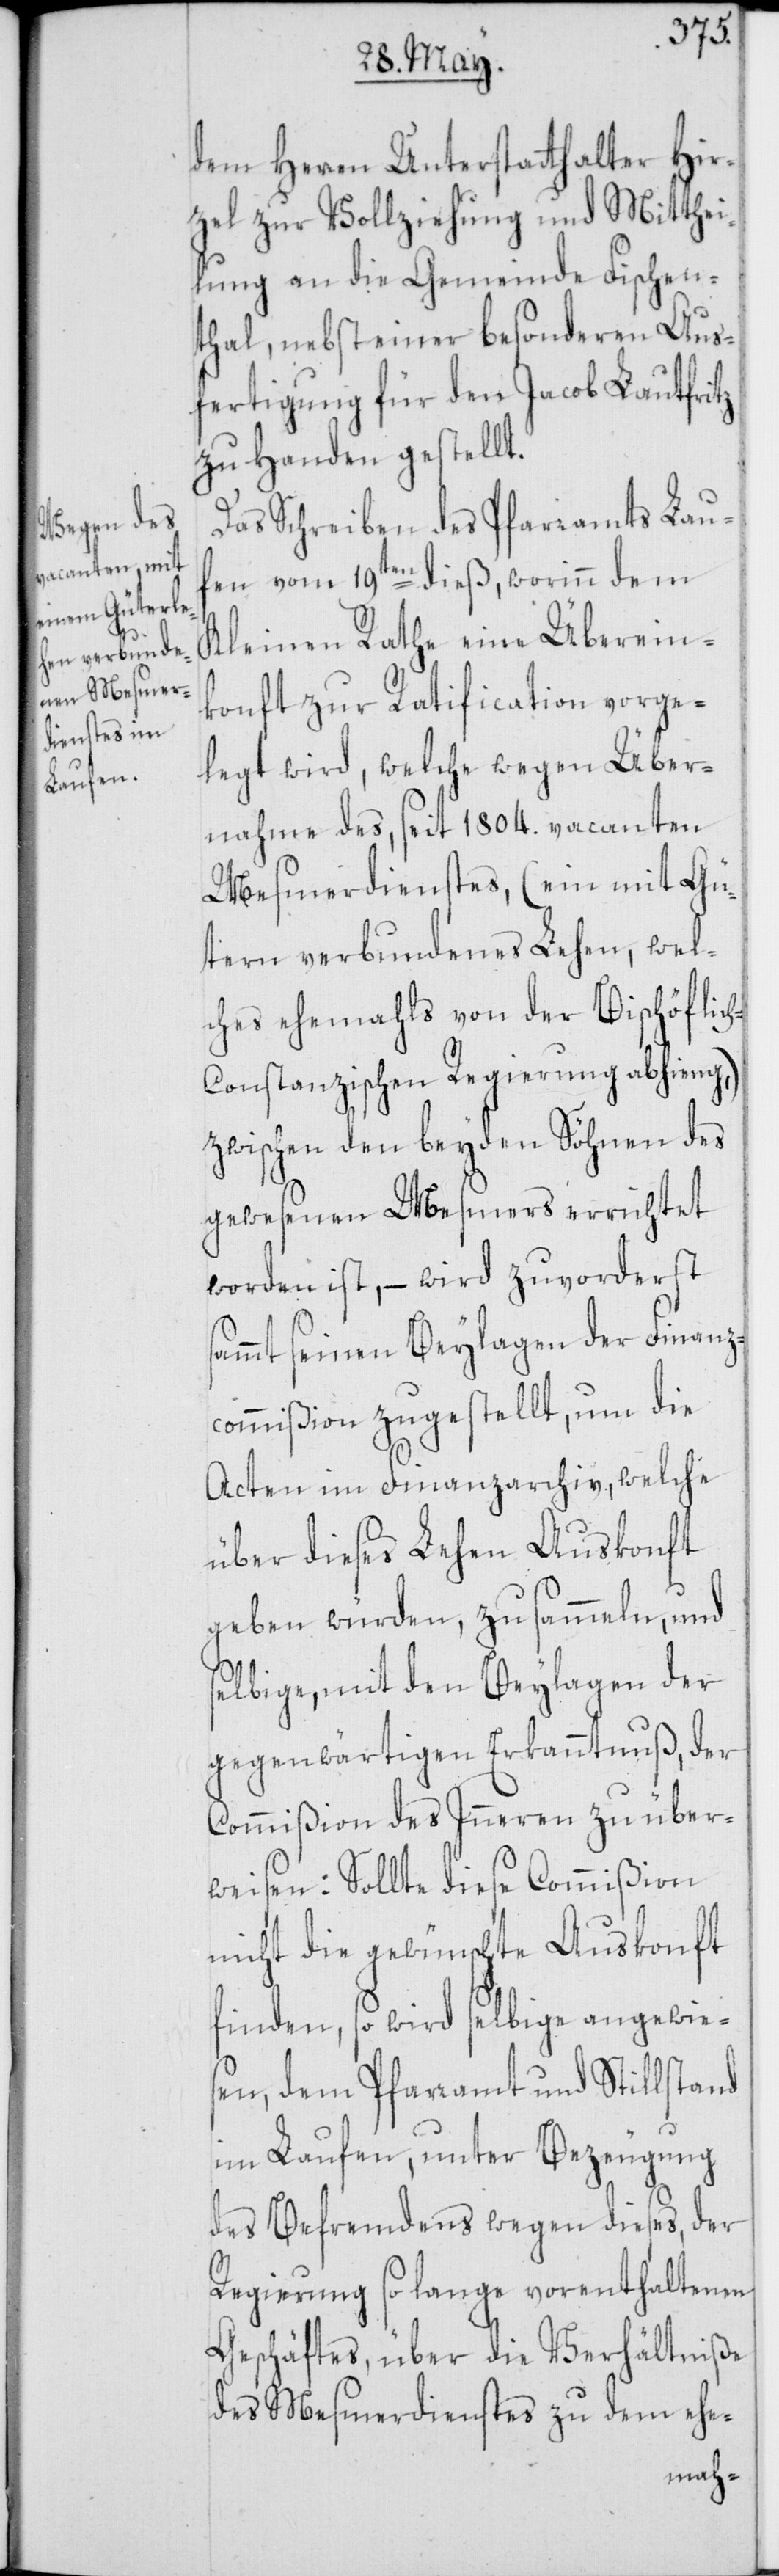
dem Herren Unterstatthalter Hir¬
zel zur Vollziehung und Mitthei¬
lung an die Gemeinde Fischen¬
thal, nebst einer besonderen Aus¬
fertigung für den Jacob Lautfritz
zu Handen gestellt.
Das Schreiben des Pfarramts Lau¬
fen vom 19ten dieß, worinn dem
Kleinen Rathe eine Überein¬
konft zur Ratification vorge¬
legt wird, welche wegen Über¬
nahme des, seit 1804. vacanten
Mesmerdienstes, (ein mit Gü¬
tern verbundenes Lehen, wel¬
ches ehemahls von der Bischöflic¬
h-Constanzischen Regierung abhieng,)
zwischen den beyden Söhnen des
gewesenen Mesmers errichtet
worden ist, – wird zuvorderst
sammt seinen Beylagen der Finanz¬
commißion zugestellt, um die
Acten im Finanzarchiv, welche
über dieses Lehen Auskonft
geben würden, zu sammeln, und
selbige, mit den Beylagen der
gegenwärtigen Erkanntnuß, der
Commißion des Inneren zu über¬
weisen: Sollte diese Commißion
nicht die gewünschte Auskonft
finden, so wird selbige angewie¬
sen, dem Pfarramt und Stillstand
im Laufen, unter Bezeugung
des Befremdens wegen dieses, der
Regierung so lange vorenthaltenen
Geschäftes, über die Verhältniße
des Mesmerdienstes zu dem ehe-